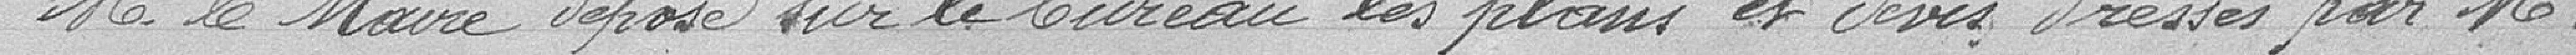
Monsieur le Maire dépose sur le bureau les plans et devis dressés par Monsieur